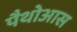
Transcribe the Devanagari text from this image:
पैथोआस